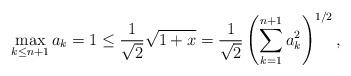
LaTeX: \begin{align*}\max_{k \leq n+1} a_k = 1 \leq \frac{1}{\sqrt{2}}\sqrt{1+x} = \frac{1}{\sqrt{2}}\left(\sum_{k=1}^{n+1} a_k^2\right)^{1/2},\end{align*}